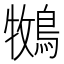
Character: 𮭁